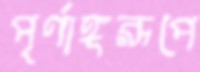
পূর্ণাঙ্গরূপে